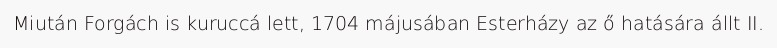
Miután Forgách is kuruccá lett, 1704 májusában Esterházy az ő hatására állt II.